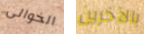
الخوالى بالآخرين